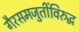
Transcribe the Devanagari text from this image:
गैरसमजुतींविरुद्ध